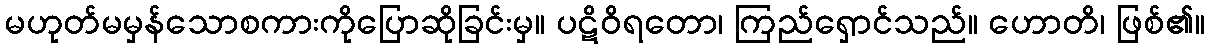
မဟုတ်မမှန်သောစကားကိုပြောဆိုခြင်းမှ။ ပဋိဝိရတော၊ ကြည်ရှောင်သည်။ ဟောတိ၊ ဖြစ်၏။